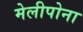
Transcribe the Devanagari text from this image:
मेलीपोना